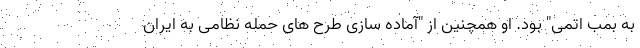
به بمب اتمی" بود. او همچنین از "آماده سازی طرح های حمله نظامی به ایران